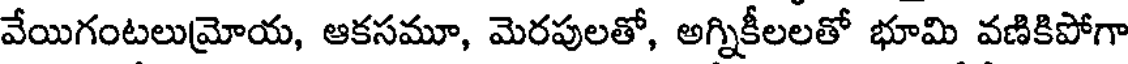
వేయిగంటలుమోయ, ఆకసమూ, మెరపులతో, అగ్నికీలలతో భూమి వణికిపోగా